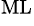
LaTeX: ^\mathrm{ML}